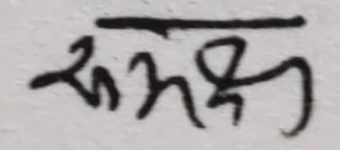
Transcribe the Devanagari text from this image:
रुमक्ष